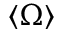
\langle \Omega \rangle